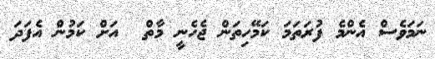
ނަމަވެސް އެންމެ ފުރަތަމަ ކަމޭހިތަން ޖެހެނީ މާތް  އަށް ކަމުން އެފަދަ